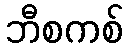
ဘီစကစ်